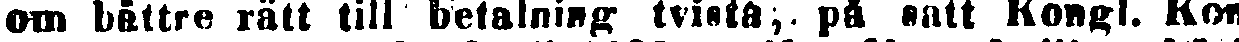
om bättre rätt till betalning tvista, på sätt Kongl. Kon